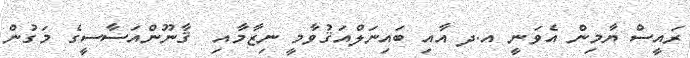
ރައީސް ޔާމިން އެވަނީ އ.ދ އާއި ބައިނަލްއަޤުވާމީ ނިޒާމާއި  ޤާނޫންއަސާސީގެ މަގުން